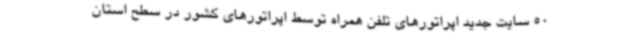
50 سایت جدید اپراتورهای تلفن همراه توسط اپراتورهای کشور در سطح استان